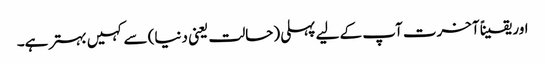
اور یقیناً آخرت آپ کے لیے پہلی (حالت یعنی دنیا) سے کہیں بہتر ہے۔